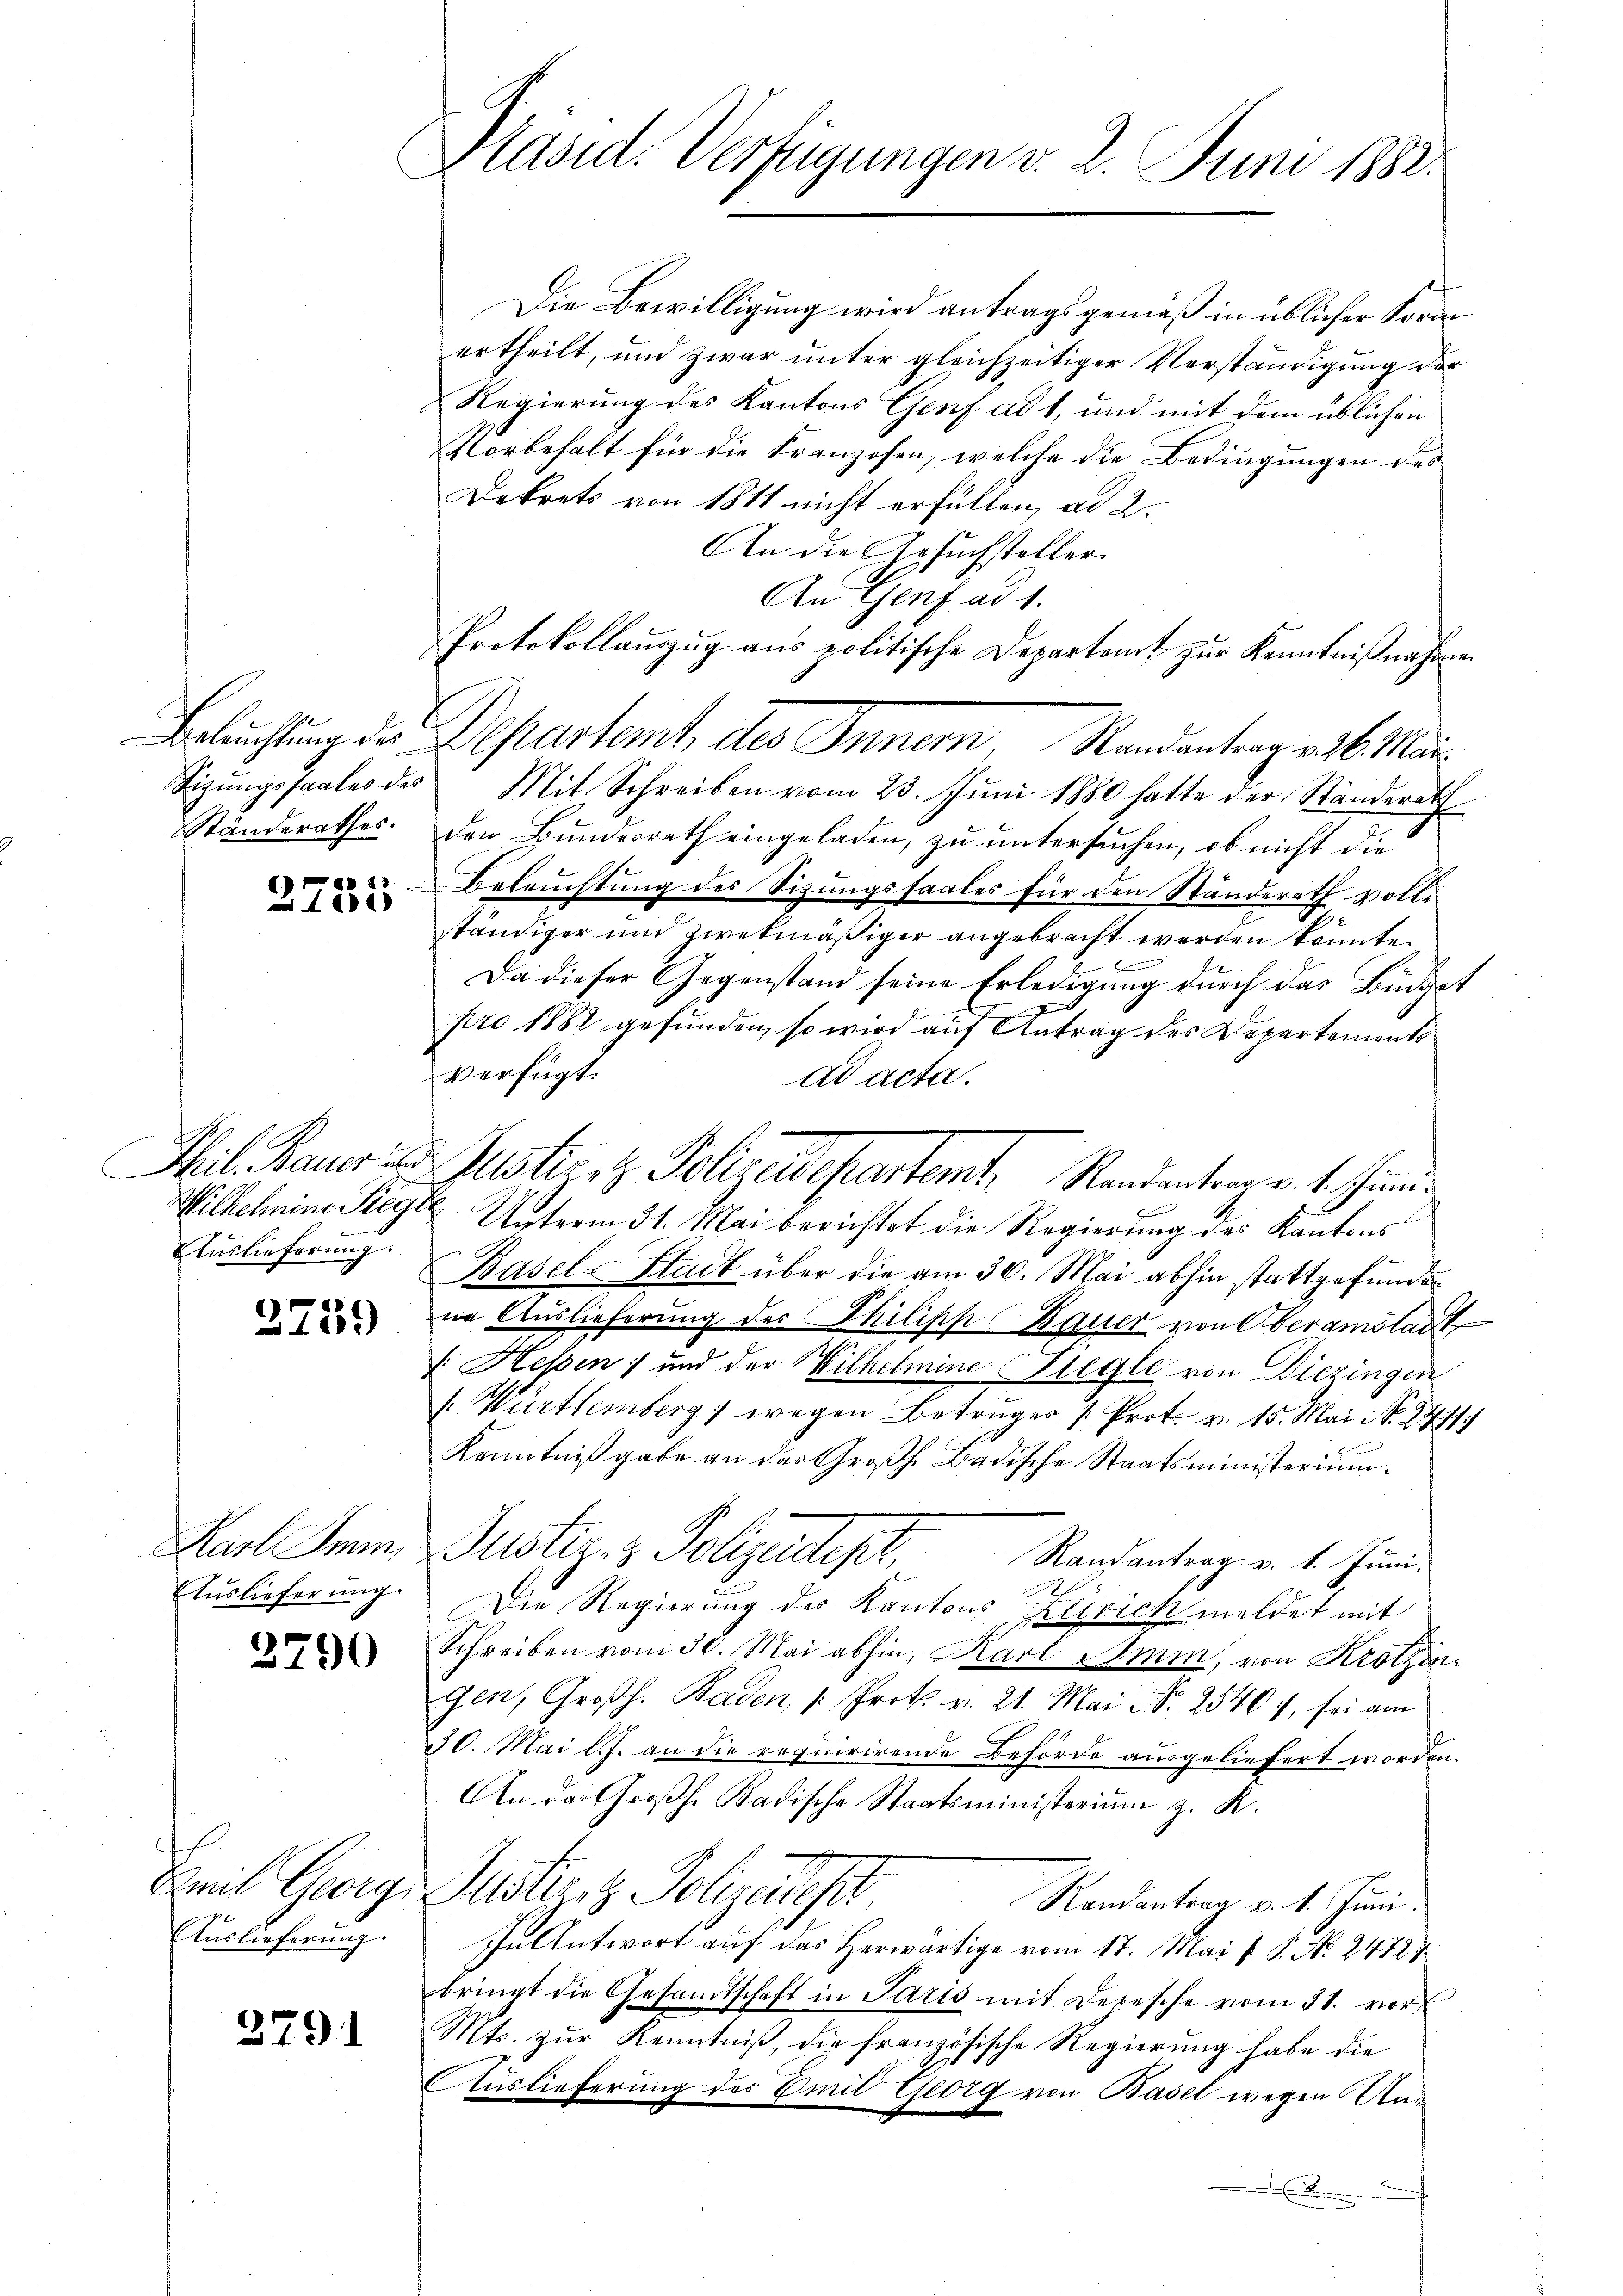
Ständerathes.

)
a 1101)

ilhelmine Siege
Auslieferung.

3759

Karl Sinn,
Auslieferung.

3790

Emil Georgi
Auslieferung.

2791

Präsid. Verfügungen v. 2. Juni 1882.

Die Bewilligung wird antragsgemäß in üblicher Forde
ertheilt, und zwar unter gleichzeitiger Verständigung der
Regierung des Kantons Genf ad 1, und mit dem üblichen
Vorbehalt für die Franzosen, welche die Bedingungen des
Dekrets von 1811 nicht erfüllen, ad 2.
An die Gesuchsteller
An Genf ad 1.
Protokollaŭszŭg aŭs politische Departamt zŭr Kenntniβnahmen
Sizŭngssaales des Mit Schreiben vom 23. Jŭni 1880 hatte der Standerath
den Bundesrath eingeladen, zu untersuchen, ob nicht die
Beleuchtung des Sitzungssaales für den Ständerath volleständiger und zwekmäßiger angebracht werden könnte.
Da dieser Gegenstand seine Erledigung durch das Büdget
pro 1882 gefunden, so wird auf Antrag des Departements
verfügt:
ad acta.
2 Unterm 31. Mai berichtet die Regierung des Kantons
Basel-Stadt über die am 30. Mai abhin stattgefunde
in Auslieferung des Philipp Bauer von Oberamstant
/ Hessen ; und der Wilhelmine Glegle von Diezingen
/. Württemberg 1 wegen Betrüger Prot. v. 15. Mai No 241.
Kenntnißgabe an das Großh. Badische Staatsministerium.
Justiz- & Polizeilept,
Randantrag v. 1. Juni.
Die Regierung des Kantons Zürich meldet mit
Schreiben vom 30. Mai abhin, Karl Amm, von Krotzin¬
Gen, Großh. Baden, " Prok. v. 21. Mai Nr. 2540:/, sei am
30. Mai l. J. an die requirirende Behörde ausgeliefert worden.
An der Großh. Badische Staatsministerium z. R.
Suster z. Polizeist
Randantrag v. 4. Juni.
In Antwort auf das Herwärtige vom 17. Mai v. P. No. 2472 1
bringt die Gesandtschaft in Paris mit Depesche vom 31. vor
Mts. zur Kenntniß, die französische Regierung habe die
Auslieferung des Emil Georg von Basel wegen An¬
.

Beleuchtung der Departemt, des Innern, Standentrag v. 6. Mar¬

Mil. Bauer u. stirez Polizeidepartemt, Randentrag v. 1. Juni